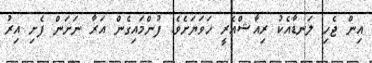
އިން ޖެހި ލަނޑާއެކު ރިއާޝްއެރީ ހަވަޔަށެވެ. ފުންމައިގެން އަރާ ނަށަން ފެށި އިރު